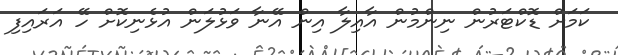
ކަމަށް ޑޮކްޓަރުން ނިންމުން އާއިލާ އިން އޭނާ ވަޅުލަން އުޅެނިކޮށް ހޭ އަރައިފި